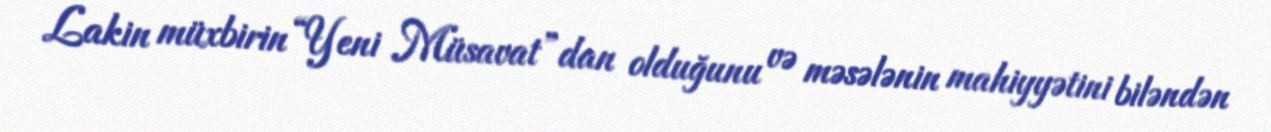
Lakin müxbirin “Yeni Müsavat”dan olduğunu və məsələnin mahiyyətini biləndən